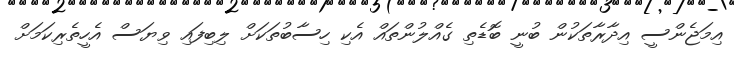
އިމަޖެންސީ އިދާރާތަކުން ބުނީ ބޮޑެތި ގެއްލުންތައް އެކި ހިސާބުތަކަށް ލިބިފައި ވިޔަސް އެހީތެރިކަމަށް